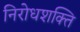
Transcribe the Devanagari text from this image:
निरोधशक्ति